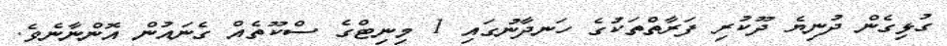
ގުޅިގެން ދުނިޔެ ދޫކުރި ފަރާތްތަކުގެ ހަނދާނުގައި 1 މިނިޓްގެ ސްކޫތެއް ގެނައުން އޮންނާނެވެ.